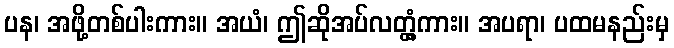
ပန၊ အဖို့တစ်ပါးကား။ အယံ၊ ဤဆိုအပ်လတ္တံ့ကား။ အပရာ၊ ပထမနည်းမှ